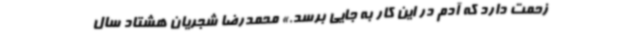
زحمت دارد که آدم در این کار به جایی برسد.» محمدرضا شجریان هشتاد‌ سال